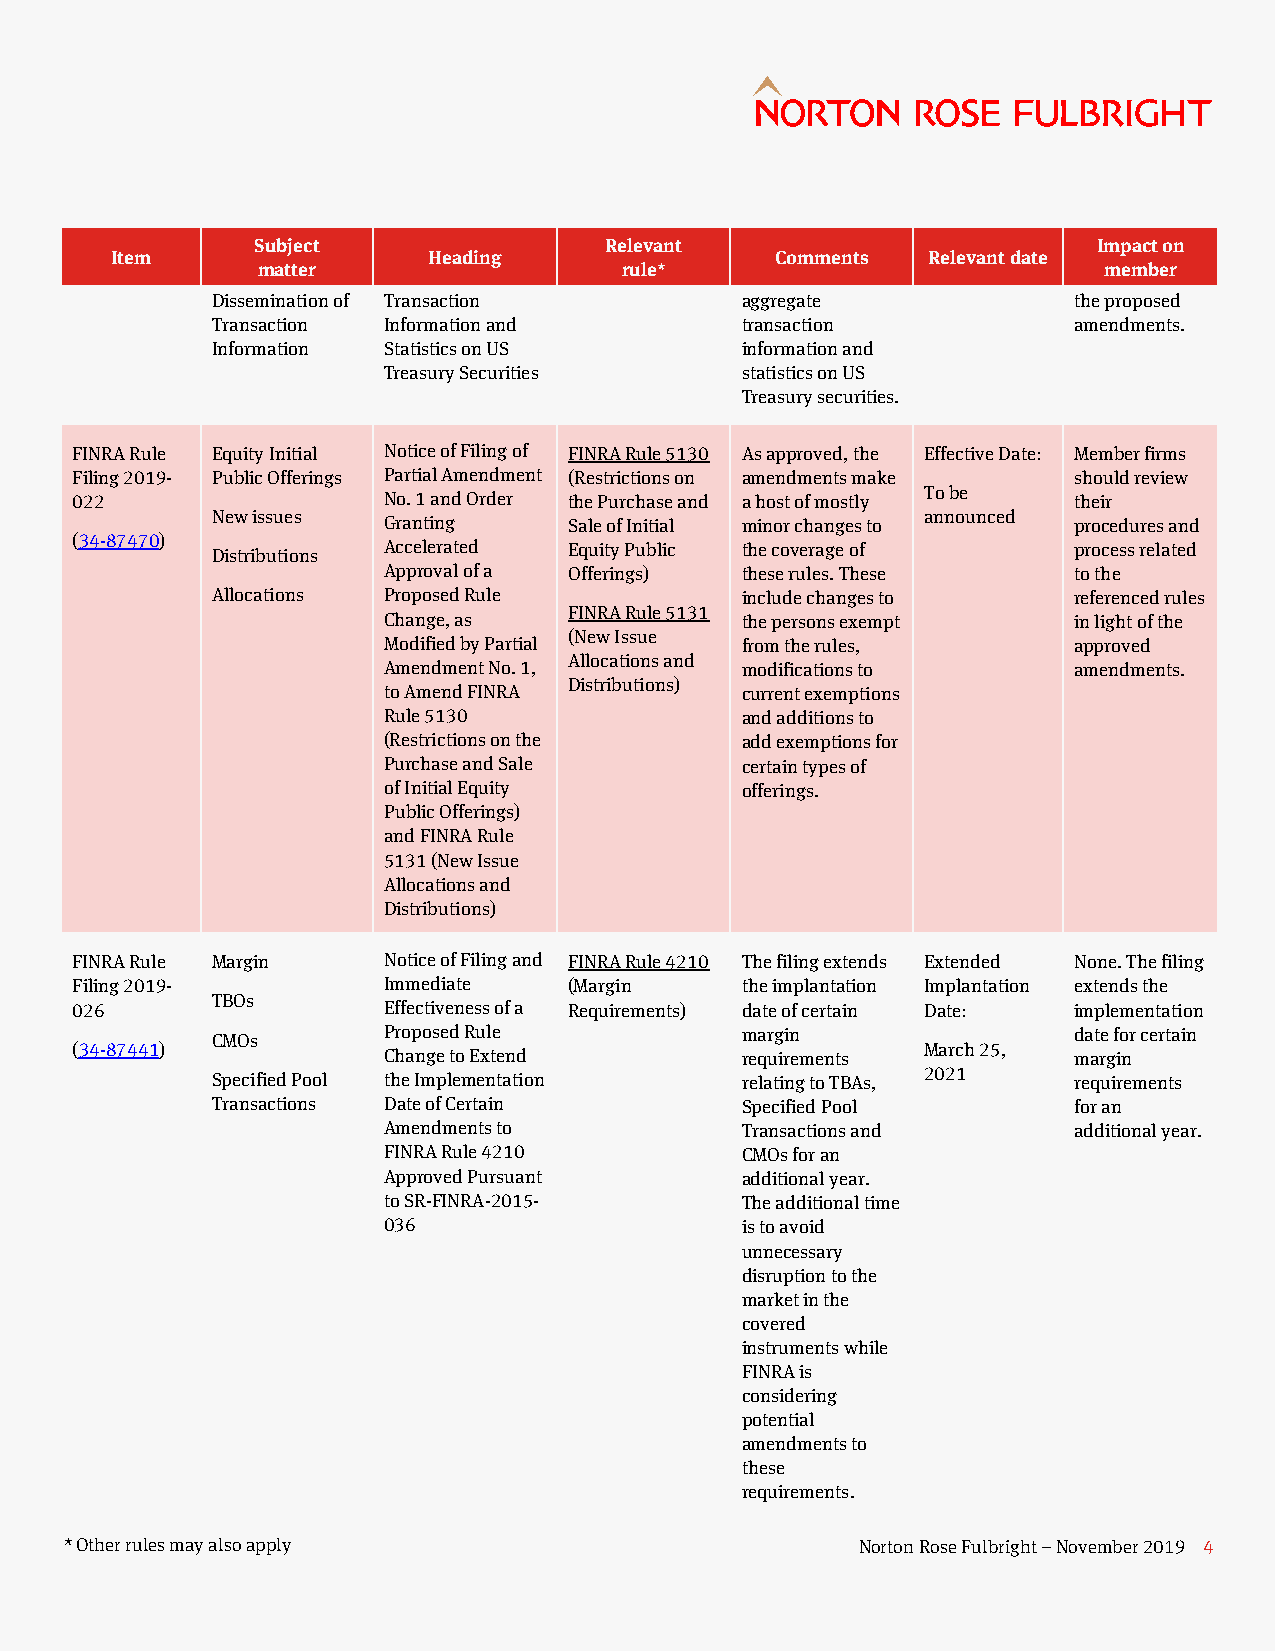
Subject                Relevant                         Impact on
 Item                 Heading                Comments  Relevant date
 matter                  rule*                           member
 Dissemination of Transaction       aggregate             the proposed
 Transaction Information and        transaction           amendments.
 Information Statistics on US       information and
 Treasury Securities     statistics on US
 Treasury securities.
 FINRA Rule Equity Initial Notice of Filing of FINRA Rule 5130 As approved, the Effective Date: Member firms
 Filing 2019- Public Offerings Partial Amendment (Restrictions on amendments make should review
 To be
 022                 No. 1 and Order the Purchase and a host of mostly their
 New issues                                     announced
 Granting     Sale of Initial minor changes to procedures and
 (34-87470)
 Distributions Accelerated Equity Public the coverage of  process related
 Approval of a Offerings) these rules. These   to the
 Allocations Proposed Rule          include changes to    referenced rules
 FINRA Rule 5131
 Change, as              the persons exempt    in light of the
 (New Issue
 Modified by Partial     from the rules,       approved
 Allocations and
 Amendment No. 1,        modifications to      amendments.
 Distributions)
 to Amend FINRA          current exemptions
 Rule 5130               and additions to
 (Restrictions on the    add exemptions for
 Purchase and Sale       certain types of
 of Initial Equity       offerings.
 Public Offerings)
 and FINRA Rule
 5131 (New Issue
 Allocations and
 Distributions)
 FINRA Rule Margin   Notice of Filing and FINRA Rule 4210 The filing extends Extended None. The filing
 Filing 2019-        Immediate    (Margin    the implantation Implantation extends the
 TBOs
 026                 Effectiveness of a Requirements) date of certain Date: implementation
 CMOs       Proposed Rule           margin                date for certain
 (34-87441)                                              March 25,
 Change to Extend        requirements          margin
 Specified Pool the Implementation  relating to TBAs, 2021 requirements
 Transactions Date of Certain       Specified Pool        for an
 Amendments to           Transactions and      additional year.
 FINRA Rule 4210         CMOs for an
 Approved Pursuant       additional year.
 to SR-FINRA-2015-       The additional time
 036                     is to avoid
 unnecessary
 disruption to the
 market in the
 covered
 instruments while
 FINRA is
 considering
 potential
 amendments to
 these
 requirements.
 * Other rules may also apply                         Norton Rose Fulbright – November 2019 4